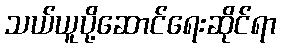
သယ်ယူပို့ဆောင်ရေးဆိုင်ရာ